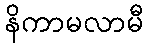
နိကာမလာမီ